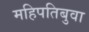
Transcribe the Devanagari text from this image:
महिपतिबुवा